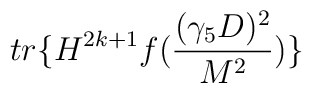
tr\{H^{2k+1}f(\frac{(\gamma_{5}D)^{2}}{M^{2}})\}